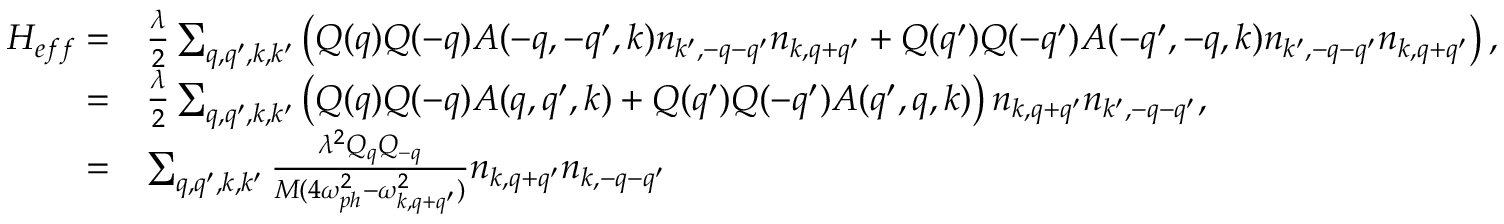
\begin{array} { r l } { H _ { e f f } = } & { \frac { \lambda } { 2 } \sum _ { q , q ^ { \prime } , k , k ^ { \prime } } \left( Q ( q ) Q ( - q ) A ( - q , - q ^ { \prime } , k ) n _ { k ^ { \prime } , - q - q ^ { \prime } } n _ { k , q + q ^ { \prime } } + Q ( q ^ { \prime } ) Q ( - q ^ { \prime } ) A ( - q ^ { \prime } , - q , k ) n _ { k ^ { \prime } , - q - q ^ { \prime } } n _ { k , q + q ^ { \prime } } \right) , } \\ { = } & { \frac { \lambda } { 2 } \sum _ { q , q ^ { \prime } , k , k ^ { \prime } } \left( Q ( q ) Q ( - q ) A ( q , q ^ { \prime } , k ) + Q ( q ^ { \prime } ) Q ( - q ^ { \prime } ) A ( q ^ { \prime } , q , k ) \right) n _ { k , q + q ^ { \prime } } n _ { k ^ { \prime } , - q - q ^ { \prime } } , } \\ { = } & { \sum _ { q , q ^ { \prime } , k , k ^ { \prime } } \frac { \lambda ^ { 2 } Q _ { q } Q _ { - q } } { M ( 4 \omega _ { p h } ^ { 2 } - \omega _ { k , q + q ^ { \prime } } ^ { 2 } ) } n _ { k , q + q ^ { \prime } } n _ { k , - q - q ^ { \prime } } } \end{array}